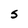
Character: S